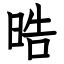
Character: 晧